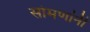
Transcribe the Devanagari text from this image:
सोमणांनी